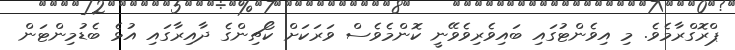
ޕްރޮގްރާމެވެ. މި އިވެންޓުގައި ބައިވެރިވެވޭނީ ކޮންމެވެސް ވަރަކަށް ކޯޗިންގެ ދާއިރާގައި އުޅެ ބެޑުމިންޓަން